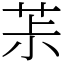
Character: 茮